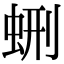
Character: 𧊞